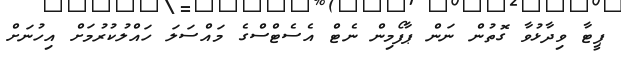
ޕީޓާ ވިދާޅުވާ ގޮތުން ނަން ޕާފޯމިން ނެޓް އެސެޓްސްގެ މައްސަލަ ހައްލުކުރުމަށް އިހުނަށް